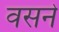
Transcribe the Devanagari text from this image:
वसने